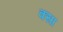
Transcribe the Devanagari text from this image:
क्सा